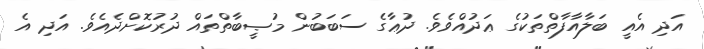
އަދި އެއީ ބަލާއާފާތްތަކުގެ ޢަދުއްވެވެ. ދުޢާގެ ސަބަބުން މުޞީބާތްތައް ދުރުކޮށްދެއެވެ. އަދި އެ